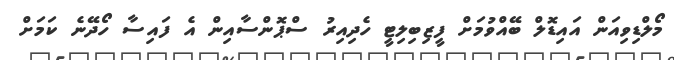
މޯލްޑިވިއަން އައިޑޮލް ބޭއްވުމަށް ފީޒިބިލިޓީ ހެދިއިރު ސްޕޮންސާއިން އެ ފައިސާ ހޯދޭނެ ކަމަށް